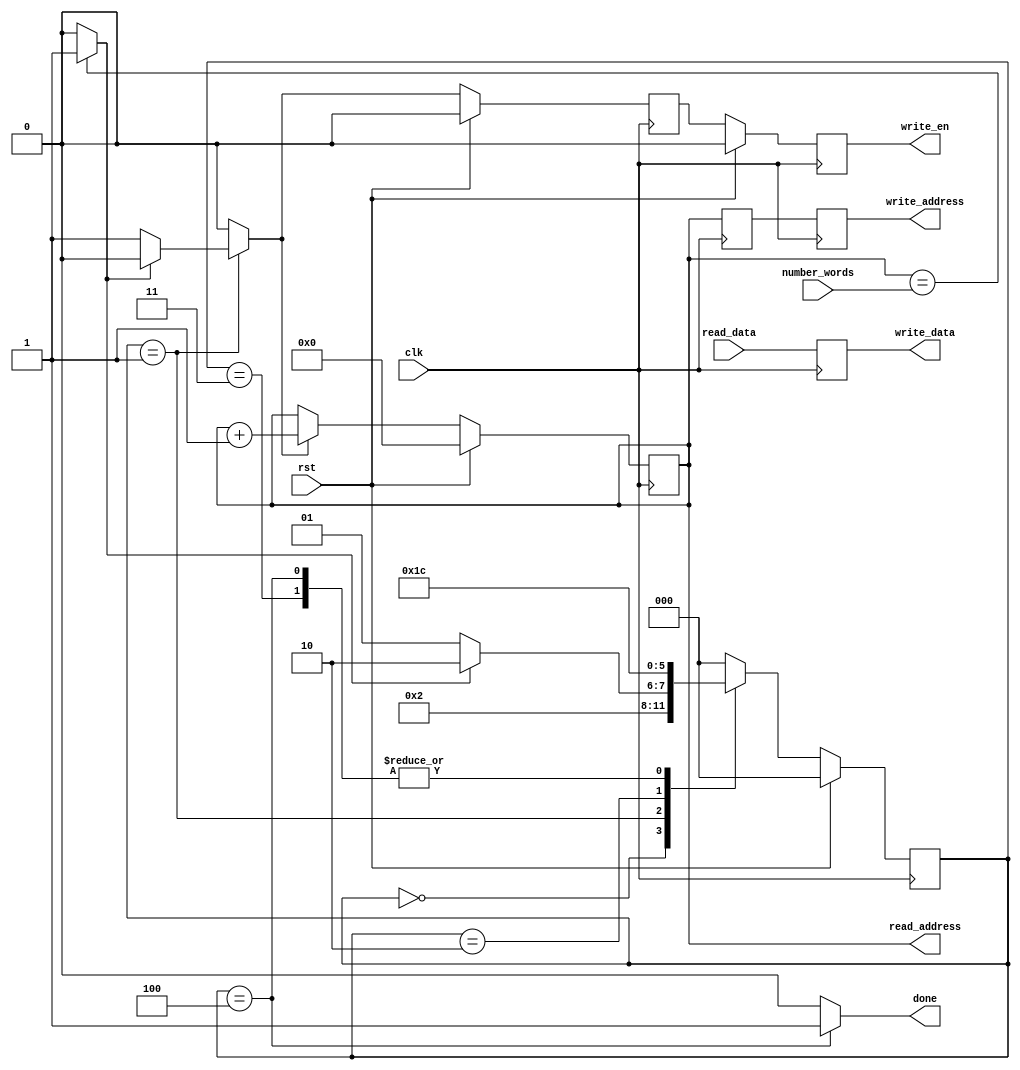
`timescale 1ns / 1ps

//////////////////////////////////////////////////////////////////////////////////

// High-speed instruction set coprocessor architecture for lattice-based cryptography. 
// Saber is implemented as a case study.
// The designers are Sujoy Sinha Roy and Andrea Basso. 

// Implementation by the designers, hereby denoted as "the implementer".

// To the extent possible under law, the implementer has waived all copyright
// and related or neighboring rights to the source code in this file.
// http://creativecommons.org/publicdomain/zero/1.0/

// The codes are for academic research use only and does not come with any support or any responsibility.

//////////////////////////////////////////////////////////////////////////////////



/*

	Copies n words from addr1 to addr2

*/


module copy_words(clk, rst, number_words, 
									read_address, read_data,
									write_address, write_data, write_en,
									done);
input clk, rst;
input [8:0] number_words;
output reg [8:0] read_address;
input [63:0] read_data;

output reg [8:0] write_address;
output [63:0] write_data;
output reg write_en;
output done;

reg [63:0] temp;
reg [2:0] state, nextstate;
reg [8:0] write_address_r;
reg write_en_r;
reg read_address_en;
wire all_words_copied;

always @(posedge clk)
begin
	if(rst)
		read_address <= 9'd0;
	else if(read_address_en)
		read_address <= read_address + 1'b1;
	else	
		read_address <= read_address;
end

assign all_words_copied = (read_address == number_words) ? 1'b1 : 1'b0;
 
always @(posedge clk)
begin
	write_address_r <= read_address;
	write_address <= write_address_r;
	temp <= read_data;
end

assign write_data = temp;


always @(posedge clk)
begin
	if(rst)
		begin write_en <= 1'b0; write_en_r <= 1'b0; end
	else	
		begin write_en_r <= read_address_en; write_en <= write_en_r; end
end

		
always @(posedge clk)
begin
	if(rst)
		state <= 3'd0;
	else
		state <= nextstate;
end

always @(state or all_words_copied)
begin
	case(state)
	3'd0: begin
					read_address_en <= 1'b0; nextstate <= 3'd1;
				end
	3'd1: begin
					if(all_words_copied==1'b0)
					begin
						read_address_en <= 1'b1;  nextstate <= 3'd1;
					end
					else
					begin
						read_address_en <= 1'b0;  nextstate <= 3'd2;
					end
				end
	3'd2: begin
					read_address_en <= 1'b0;  nextstate <= 3'd3;
				end
	3'd3: begin
					read_address_en <= 1'b0;  nextstate <= 3'd4;
				end				
	3'd4: begin
					read_address_en <= 1'b0;  nextstate <= 3'd4;
				end				
	default: begin
					read_address_en <= 1'b0; nextstate <= 3'd0;
				end		
	endcase					
end		

assign done = (state==3'd4) ? 1'b1 : 1'b0;

endmodule